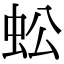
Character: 蚣